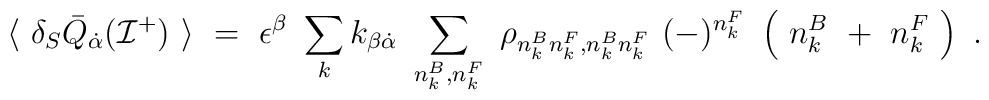
\langle~ \delta_S {\bar Q}_{\dot \alpha}({\cal I}^+)~\rangle~=~\epsilon^{\beta}~\sum_k k_{\beta{\dot \alpha}}~ \sum_{n^B_k, n^F_k}~\rho_{n^B_k n^F_k,n^B_kn^F_k}~(-)^{n^F_k}~\left(~n^B_k~+~n^F_k~\right)~.